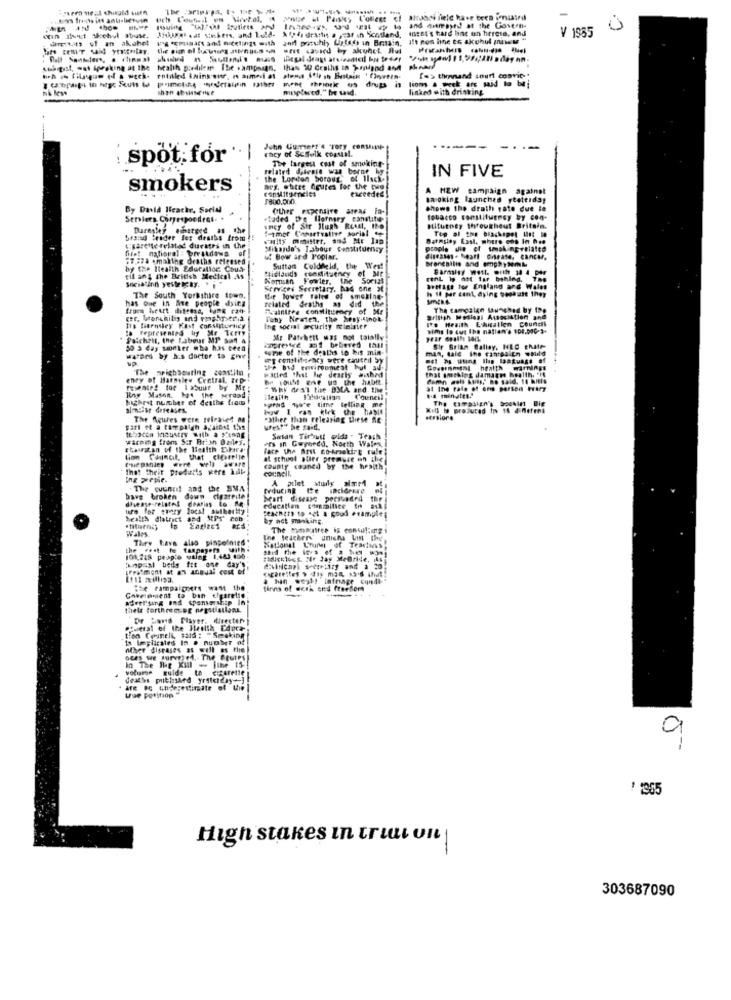
Mne il Pan'y L'ofleet of atranci field have been imused
Atdi drastis a =37 in Scotland, mest't tard line on hereis, and
and dumsynd at the Govern-
V 1935
0
Kein Ilvit skchul Bouse.
umtes ut an alshet
and paschi, Utsch in Brain, ilt ros inne to akobul (nunes "
weit cavied by akunet Hul
stargast, wat speaking at the Malih g:edilir The .ampnaan.
thas WU Cesthis in praland and
lions a week are said to be
[=> thinand souff convic -*
misplaced." he said.
drugs in
linked with drinking
chcy of Scsfolk coastal.
Juhn ummerr'4 "Tory CORVini
spot.for'
The largest cost of smoking-
-
IN FIVE
smokers
Beg. white figures for the que
exceeded!
A NEW campaign against
1800.000.
sa oking launched yteterday
By David Ifcache, Social
shows the death rate due le
Serlers Correspondent. .
«faded the llorney canalitie-
tobacco constituency by con-
they emerged as the
secy of Str Ilugh Resal, Ito
stituthey throughout Britain.
Top al the brachapet Miss me
bisad trader fer deaths from !!
Barnsley Kasl, mhere ons In hse
fris! national : treatdawa
L'Barette related durates in the
Mihardde's Labour constituency
$7,37% - making deaths released
& Bow ard P'opiM.
by the Health Education. Cous-
Midlands conditieney of bir
Sutton Coldfeld, the West
Socialinn yelekBy. i
cil and the British Medical As
Women Fowler. the
Soriat
FEL Wy att far behind. The
Services Secretary. had one st
Sverige tor England and Wales
h 1 per cent, dying pesalast Ine
has Que in Aire people dyity
The South Yorkshire town,
the lower rates of smoking-
related deaths as did the
from beurt ditters, og ran
Traintree constituency of Mr
The campaign Lunghed by Ing
Tuhy heaten, the hesy-cinot
Ito Heaith E-Ausallen Council
hs fiornsley Kost Constituency
Ing social ircurity felelater
sims lo cut the nation's 104.000-3+
Palchats, the Labour MP Smf &
Mir Patchett was not talally
50 a day worker who has been
some of the deaths ip bis min-
imprenice and bebeved that
man, tale the tantpa in @build
Sir Brian Ballay, HEC thate
wareed by h.s doctor to Ehre
et constituency were caused by
met My tting Ilan language of
"The neighbouring constitu
webid erwireumiest hul su-
pitied that he dearly auhed
enry of Harmalew Central. sep-
hr toIM ere un the habit.
restate! tor labuue by Mr
t by
- Why des1 the BMA and the
highest number of deaths from
Roy Mason. 124 the serdad
spend ww'e time telling me
ileaith
Council
How I ran kirk the haste
Kill Is produced In 14 dinerena
The Agures were released na
"Other than releasing Diese Ale
#Ersiors
urest" he said.
Warming frems Ser Brish Dasles.
Susan Tir'mult wids - Teach
chaustan of the Health Ethics.
face the first to-Arekire rule
des in Copered, North Wales
fue panien Were well aware
Council, that cigarette
at school puer premust on the
Thet theit produits were hall-
county chaned by the heaith
Ing perpie.
A pilot study almt1
. The council and the BMA
have broken
down cigareite
bart disease persuaded
ure for stery local authority
education commilice, fr
teachers to set a good example
health district and MPr con
by nct monking.
Wales
They have also pinpointed
ine teachers' unichs Vis the
the .rt te taxpayers with.
National Thurs of Tessiwas
101.218 peapto quing 1.483.000.
past beds fre one day's
fidickloss. "Ir Jay MeBride, As
cigarettes > day mon, 13's that!
. han westy infrage condi-
Le campaigners want the
finns of work and freefort
advertising and sponsorship in
Government to ban elgarelig
Thele fortheenDE negotiations
Dr Sand Player, directer
pt-eral of the Health EApca
tion Counelt, said : "Smoking
nher diseases as well as the
In The Me XIll - the 15
guide to cigarette
afe IG underestimate of the
9
High stakes in trial on
303687090